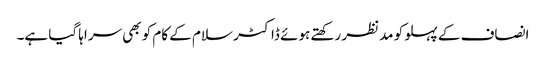
انصاف کے پہلو کو مدنظر رکھتے ہوئے ڈاکٹر سلام کے کام کو بھی سراہا گیا ہے۔